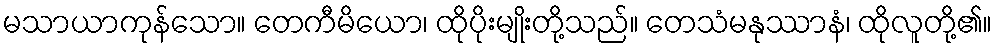
မသာယာကုန်သော။ တေကီမိယော၊ ထိုပိုးမျိုးတို့သည်။ တေသံမနုဿာနံ၊ ထိုလူတို့၏။